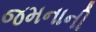
જમનાની